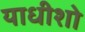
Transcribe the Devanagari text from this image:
याधीशो